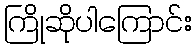
ကြိုဆိုပါကြောင်း